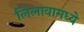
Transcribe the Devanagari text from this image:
लिलावामध्ये